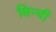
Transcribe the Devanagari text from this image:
सिन्घी